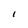
Character: I